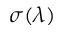
\sigma ( \lambda )